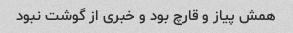
همش پیاز و قارچ بود و خبری از گوشت نبود